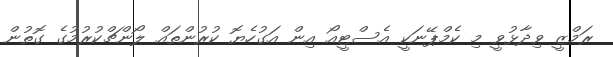
ރަމްޒީ ވިދާޅުވީ މި ކެމްޕޭނަކީ އެސްޓީއޯ އިން އަގުހެޔޮ ކުރުންތައް ލޯންޗްކުރުމުގެ ގޮތުން